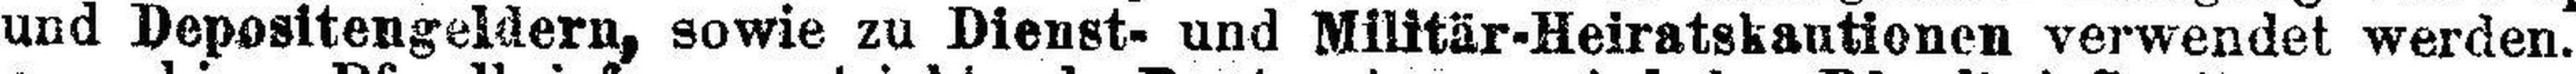
und Depositengeldern, sowie zu Dienst- und Militär-Heiratskautionen verwendet werden.